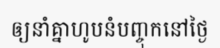
ឲ្យនាំគ្នាហូបនំបញ្ចុកនៅថ្ងៃ